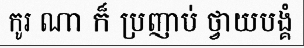
កូរ ណា ក៏ ប្រញាប់ ថ្វាយបង្គំ